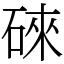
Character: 䂾